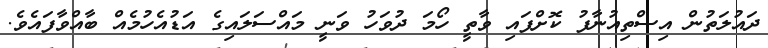
ދައުލަތުން އިސްތިއުނާފު ކޮށްފައި ވާތީ ހޯމަ ދުވަހު ވަނީ މައްސަލައިގެ އަޑުއެހުމެއް ބާއްވާފައެވެ.